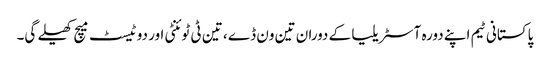
پاکستانی ٹیم اپنے دورہ آسٹریلیا کے دوران تین ون ڈے ، تین ٹی ٹوئنٹی اور دو ٹیسٹ میچ کھیلے گی۔